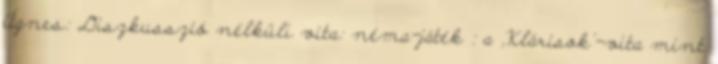
Ágnes: Diszkusszió nélküli vita: néma-játék : a ,Klárisok'-vita mint